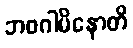
ဘဝဂါမိနောတိ